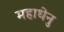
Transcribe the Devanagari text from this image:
महाधेनु